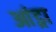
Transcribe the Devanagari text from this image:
आंड्रा